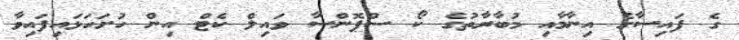
ގެ ފައިސާގެ އިނާމާއި މުބާރާތުގެ ކޯ ސްޕޮންސާ ވައިލް ކެޓް އިން ހުށަހަޅައިފައިވާ